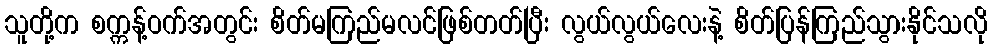
သူတို့က စက္ကန့်ဝက်အတွင်း စိတ်မကြည်မလင်ဖြစ်တတ်ပြီး လွယ်လွယ်လေးနဲ့ စိတ်ပြန်ကြည်သွားနိုင်သလို